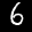
Label: 6